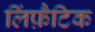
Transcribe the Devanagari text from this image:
लिंफ़ैटिक